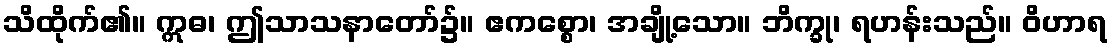
သိထိုက်၏။ ဣဓ၊ ဤသာသနာတော်၌။ ဧကစ္စော၊ အချို့သော။ ဘိက္ခု၊ ရဟန်းသည်။ ဝိဟာရ